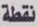
نقطة